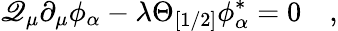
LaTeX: \mathscr{Q}_{\mu}\partial_{\mu}\phi_{\alpha}-\lambda\Theta_{[1/2]}\phi_{\alpha}^{\ast}=0\quad,